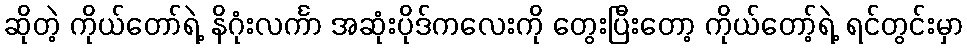
ဆိုတဲ့ ကိုယ်တော်ရဲ့ နိဂုံးလင်္ကာ အဆုံးပိုဒ်ကလေးကို တွေးပြီးတော့ ကိုယ်တော့်ရဲ့ ရင်တွင်းမှာ